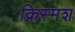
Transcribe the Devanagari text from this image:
क्रिस्मश